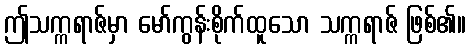
ဤသက္ကရာဇ်မှာ မော်ကွန်းစိုက်ထူသော သက္ကရာဇ် ဖြစ်၏။